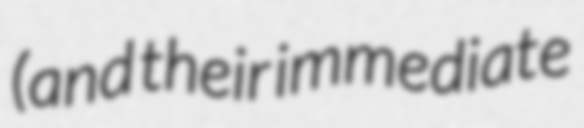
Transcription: (and their immediate